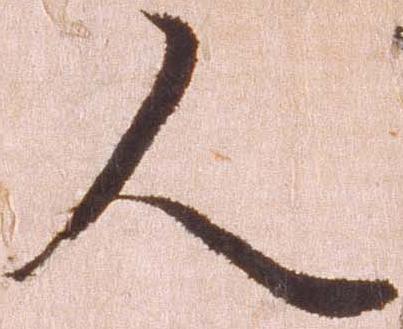
人